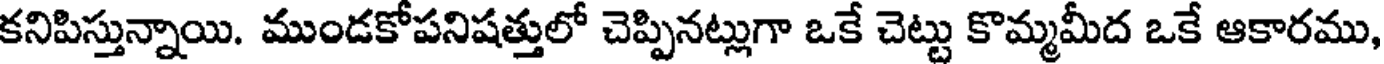
కనిపిస్తున్నాయి. ముండకోపనిషత్తులో చెప్పినట్లుగా ఒకే చెట్టు కొమ్మమీద ఒకే ఆకారము,